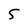
Character: 5